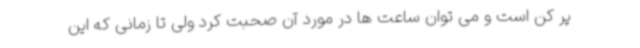
پر کن است و می توان ساعت ها در مورد آن صحبت کرد ولی تا زمانی که این